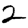
Digit: 2